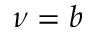
\nu = b